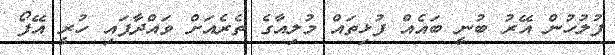
ފުލުހުން އޭރު ބުނީ ބައެއް ފުޅިތައް މުލިއާގެ ތެރެއަށް ވައްދާފައި ހުރީ އޭފޯ